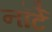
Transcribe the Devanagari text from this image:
नॉर्टे